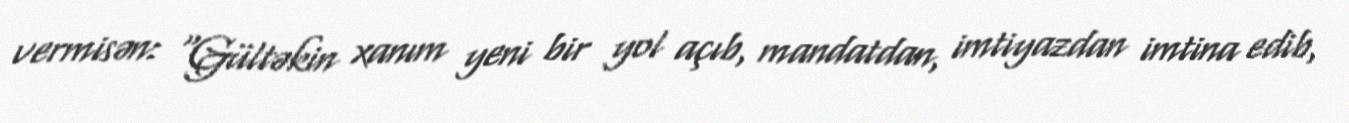
vermisən: “Gültəkin xanım yeni bir yol açıb, mandatdan, imtiyazdan imtina edib,